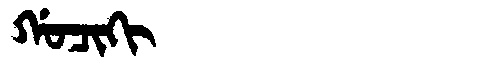
Manchu: ᡤᠣᠴᡳᡴᡳ
Romanization: GOCIKI